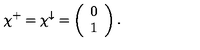
\chi ^ { + } = \chi ^ { \downarrow } = \left( \begin{array} { c c } { 0 } \\ { 1 } \\ \end{array} \right) .